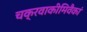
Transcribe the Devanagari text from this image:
चक्रवाकीमिवैकां